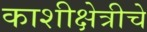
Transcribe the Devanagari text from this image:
काशीक्षेत्रीचे